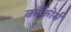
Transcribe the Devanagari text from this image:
काँकोर्स